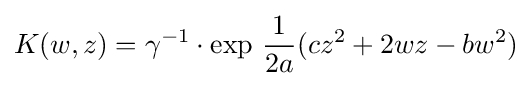
K(w,z)=\gamma ^{-1}\cdot \exp \,{1 \over 2a}(cz^{2}+2wz-bw^{2})